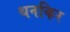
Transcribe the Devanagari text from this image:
थनकिर